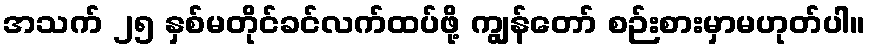
အသက် ၂၅ နှစ်မတိုင်ခင်လက်ထပ်ဖို့ ကျွန်တော် စဉ်းစားမှာမဟုတ်ပါ။